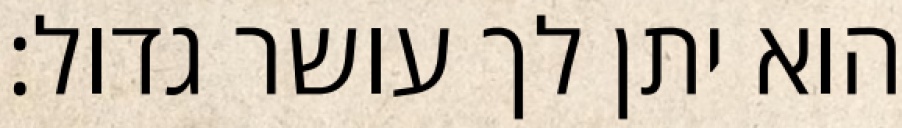
הוא יתן לך עושר גדול: